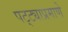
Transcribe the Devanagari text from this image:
पट्ट्याप्रमाणे